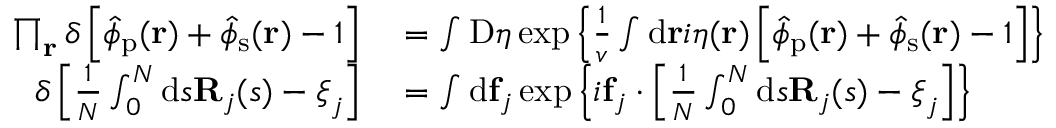
\begin{array} { r l } { \prod _ { \mathbf { r } } \delta \left[ \hat { \phi } _ { \mathrm { p } } ( \mathbf { r } ) + \hat { \phi } _ { \mathrm { s } } ( \mathbf { r } ) - 1 \right] } & { { } = \int \mathrm { D } \eta \exp \left\{ \frac { 1 } { v } \int \mathrm { d } \mathbf { r } i \eta ( \mathbf { r } ) \left[ \hat { \phi } _ { \mathrm { p } } ( \mathbf { r } ) + \hat { \phi } _ { \mathrm { s } } ( \mathbf { r } ) - 1 \right] \right\} } \\ { \delta \left[ \frac { 1 } { N } \int _ { 0 } ^ { N } \mathrm { d } s \mathbf { R } _ { j } ( s ) - \boldsymbol { \xi } _ { j } \right] } & { { } = \int \mathrm { d } \mathbf { f } _ { j } \exp \left\{ i \mathbf { f } _ { j } \cdot \left[ \frac { 1 } { N } \int _ { 0 } ^ { N } \mathrm { d } s \mathbf { R } _ { j } ( s ) - \boldsymbol { \xi } _ { j } \right] \right\} } \end{array}